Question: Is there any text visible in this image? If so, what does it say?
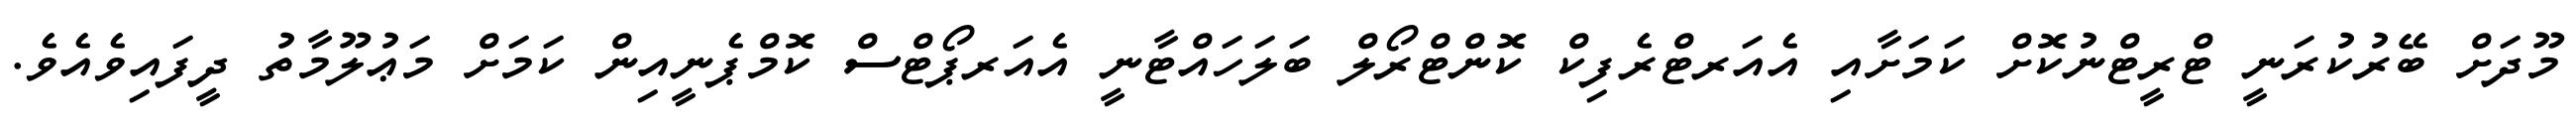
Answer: މޫދަށް ބޭރުކުރަނީ ޓްރީޓްނުކޮށް ކަމަށާއި އެއަރޓްރެފިކް ކޮންޓްރޯލް ބަލަހައްޓާނީ އެއަރޕޯޓްސް ކޮމްޕެނީއިން ކަމަށް މަޢުލޫމާތު ދީފައިވެއެވެ.